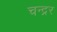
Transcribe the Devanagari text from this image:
चन्द्रर